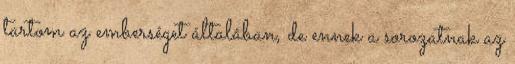
tartom az emberséget általában, de ennek a sorozatnak az